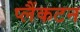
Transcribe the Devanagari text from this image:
प्लैंकटन